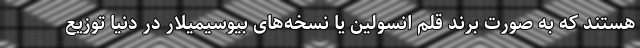
هستند که به صورت برند قلم انسولین یا نسخه‌های بیوسیمیلار در دنیا توزیع